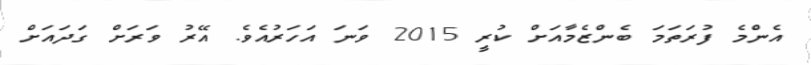
އެންމެ ފުރަތަމަ ބެންޒެމާއަށް ކުރީ 2015 ވަނަ އަހަރުއެވެ. އޭރު ވަރަށް ގަދައަށް